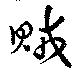
賊